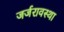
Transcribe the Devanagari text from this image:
जर्जरावस्था